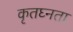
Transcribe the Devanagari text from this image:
कृतघ्नता